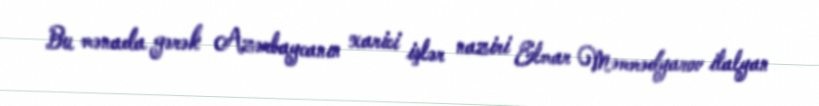
Bu mənada gərək Azərbaycanın xarici işlər naziri Elmar Məmmədyarov italyan